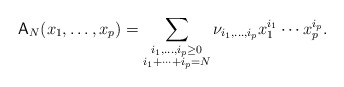
\begin{align*}\mathsf{A}_N(x_1,\dots,x_p)=\sum_{\begin{subarray}{c}i_1,\dots,i_p\geq 0\\i_1+\dots+i_p=N\end{subarray}}\nu_{i_1,\dots,i_p}x_1^{i_1}\cdots x_p^{i_p}.\end{align*}